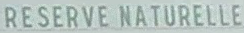
RESERVE NATURELLE